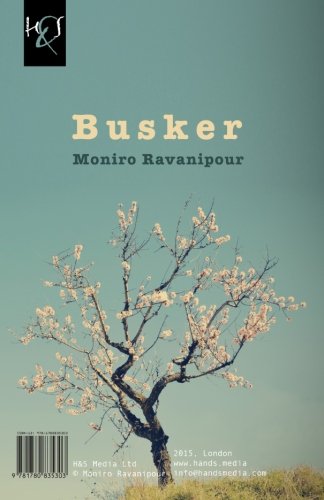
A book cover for Busker: Avazkhan-e Doregard (Persian Edition); Moniro Ravanipour; Literature & Fiction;